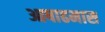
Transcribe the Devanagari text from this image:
आषाढमास